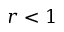
r < 1